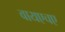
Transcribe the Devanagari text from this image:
वायएचए